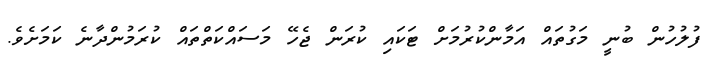
ފުލުހުން ބުނީ މަގުތައް އަމާންކުރުމަށް ޓަކައި ކުރަން ޖެހޭ މަސައްކަތްތައް ކުރަމުންދާނެ ކަމަށެވެ.